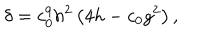
\delta = c _ { 0 } ^ { 9 } h ^ { 2 } \left( 4 h - c _ { 0 } g ^ { 2 } \right) ,